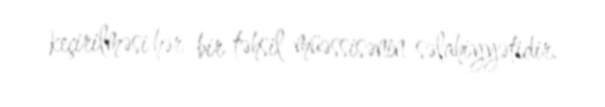
keçirilməsi hər bir təhsil müəssisənin səlahiyyətidir.